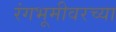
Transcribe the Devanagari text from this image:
रंगभूमीवरच्या